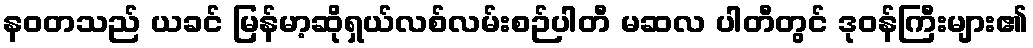
နဝတသည် ယခင် မြန်မာ့ဆိုရှယ်လစ်လမ်းစဉ်ပါတီ မဆလ ပါတီတွင် ဒုဝန်ကြီးများ၏